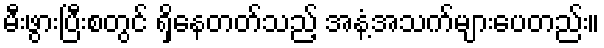
မီးဖွားပြီးစတွင် ရှိနေတတ်သည့် အနံ့အသက်များပေတည်း။